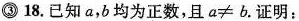
\bigcirc {\bigcirc {3}}18.已知a，b均为正数，且$$a\neq b$$。证明：